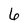
Character: 6